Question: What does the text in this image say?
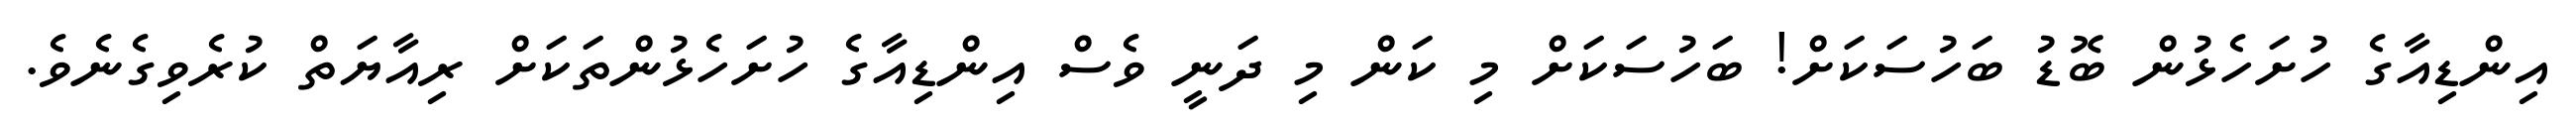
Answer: އިންޑިއާގެ ހުށަހެޅުން ބޮޑު ބަހުސަކަށް! ބަހުސަކަށް މި ކަން މި ދަނީ ވެސް އިންޑިއާގެ ހުށަހެޅުންތަކަށް ރިއާޔަތް ކުރެވިގެނެވެ.